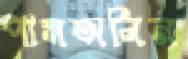
পামঅলিন